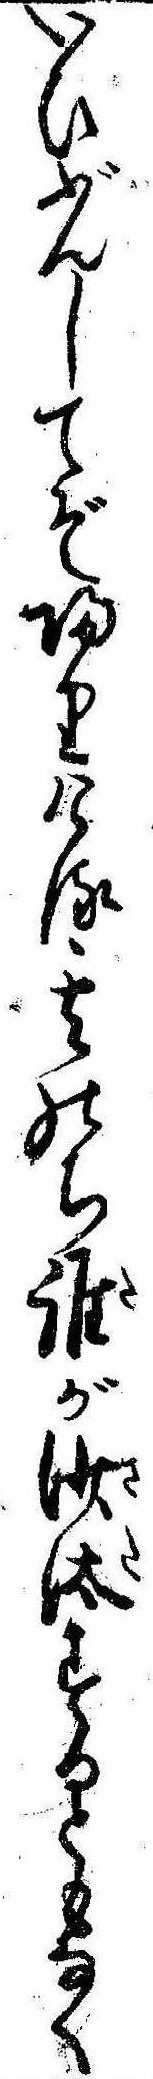
いひぶんしてぞ帰りける其のち誰が沙汰するともなく